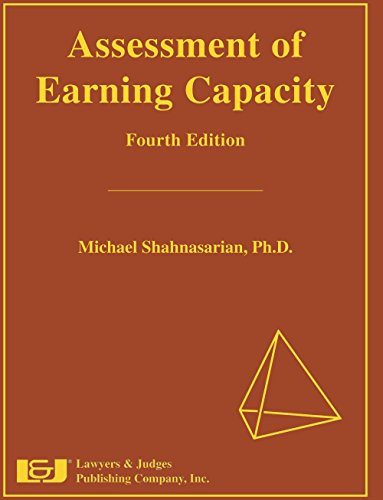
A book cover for Assessment of Earning Capacity; Michael Shahnasarian; Law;